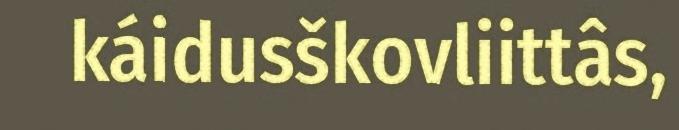
káidusškovliittâs,